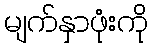
မျက်နှာဖုံးကို